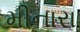
મીનારા